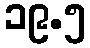
၁၉.၅